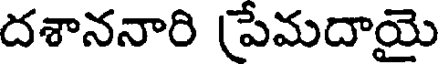
దశాననారి పేమదాయై